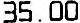
35.00